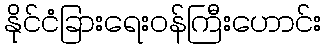
နိုင်ငံခြားရေးဝန်ကြီးဟောင်း